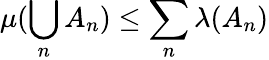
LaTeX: \mu(\bigcup_{n}A_{n})\leq\sum_{n}\lambda(A_{n})